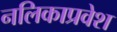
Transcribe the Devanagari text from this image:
नलिकाप्रवेश